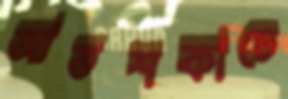
আতশকাচে